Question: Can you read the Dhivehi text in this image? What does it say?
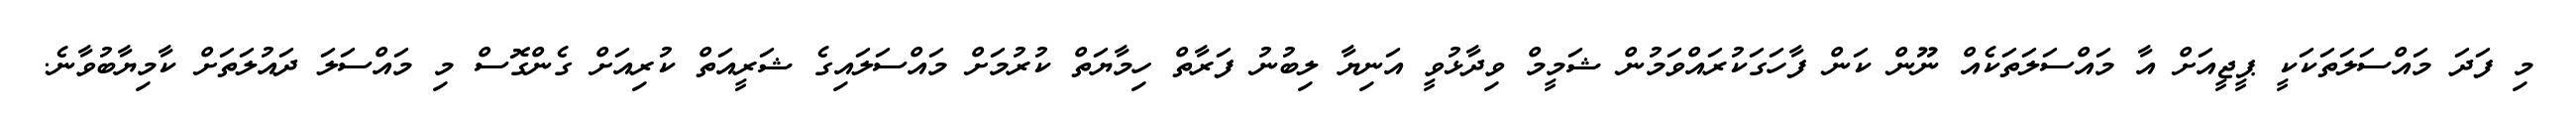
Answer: މި ފަދަ މައްސަލަތަކަކީ ޕީޖީއަށް އާ މައްސަލަތަކެއް ނޫން ކަން ފާހަގަކުރައްވަމުން ޝަމީމް ވިދާޅުވީ އަނިޔާ ލިބުނު ފަރާތް ހިމާޔަތް ކުރުމަށް މައްސަލައިގެ ޝަރީއަތް ކުރިއަށް ގެންގޮސް މި މައްސަލަ ދައުލަތަށް ކާމިޔާބުވާނެ.